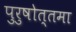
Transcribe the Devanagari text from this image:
पुरुषोत्तमा